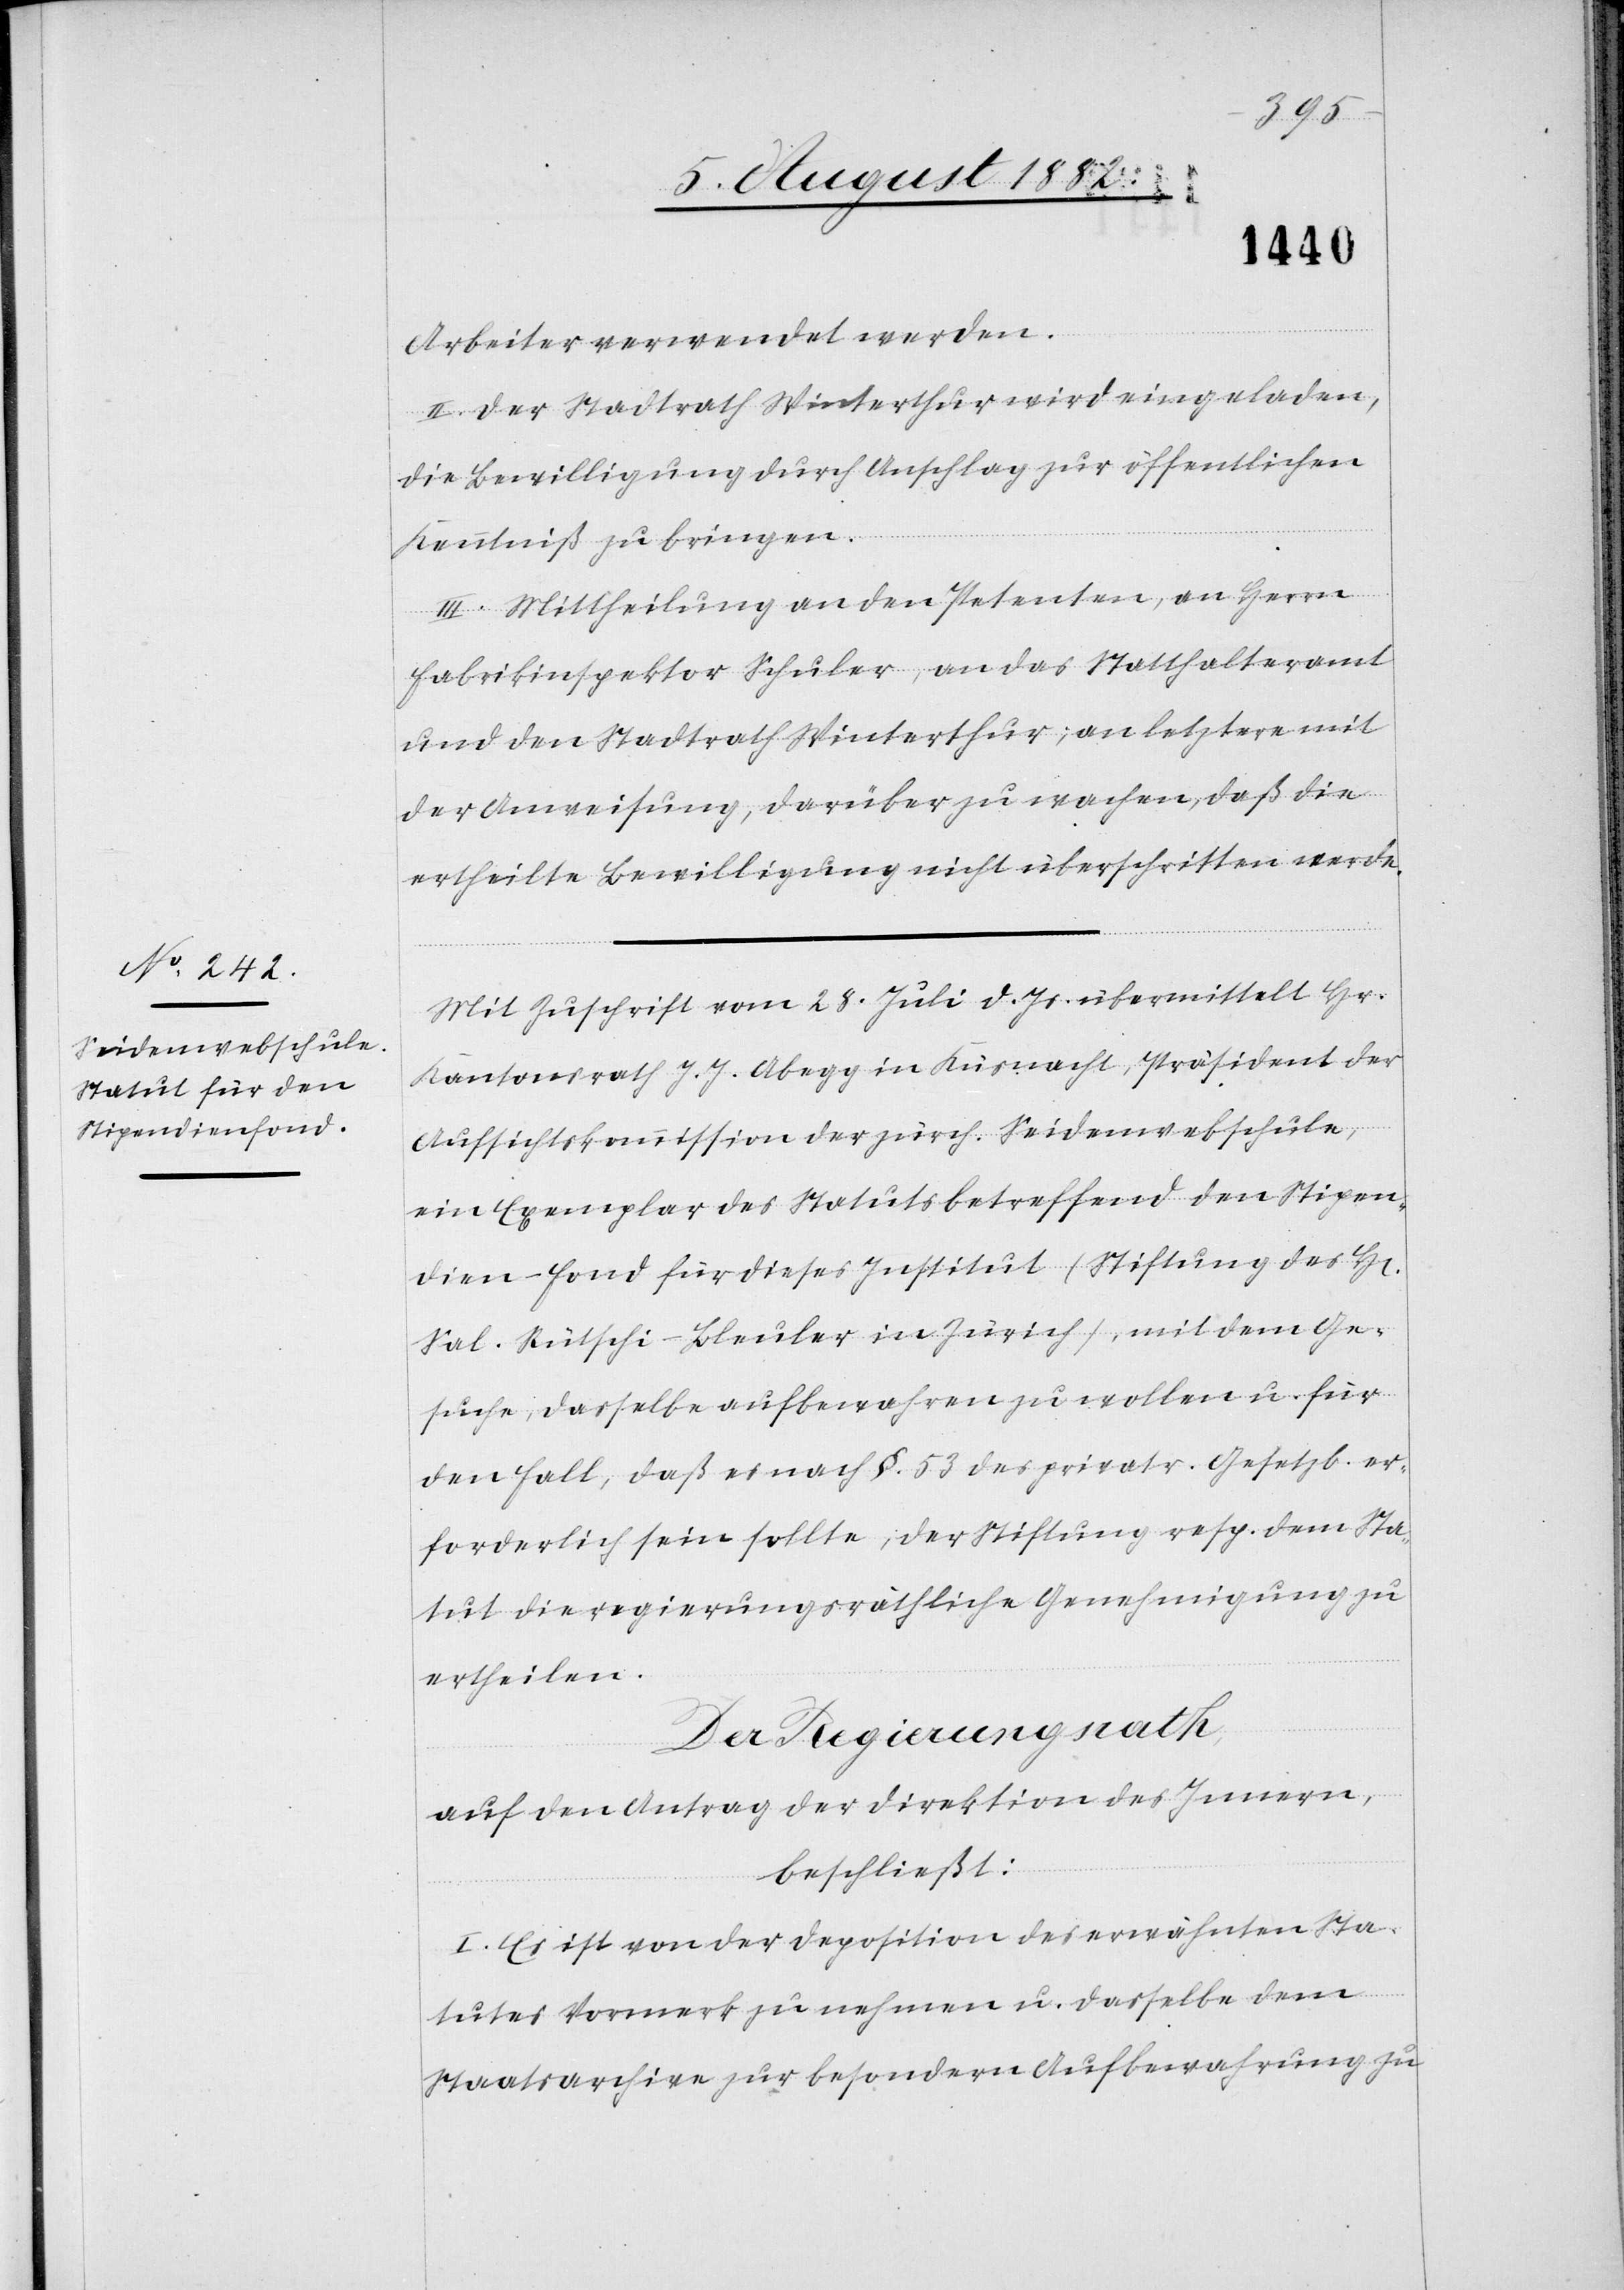
Arbeiter verwendet werden.
II. Der Stadtrath Winterthur wird eingeladen,
die Bewilligung durch Anschlag zur öffentlichen
Kenntniß zu bringen.
III. Mittheilung an den Petenten, an Herrn
Fabrikinspektor Schuler, an das Statthalteramt
und den Stadtrath Winterthur; an letztere mit
der Anweisung, darüber zu wachen, daß die
ertheilte Bewilligung nicht überschritten werde.
Mit Zuschrift vom 28. Juli d. Js. übermittelt Hr.
Kantonsrath J. J. Abegg in Küsnacht, Präsident der
Aufsichtskommission der zürch. Seidenwebschule,
ein Exemplar des Statuts betreffend den Stipen¬
dien-Fond für dieses Institut (Stiftung des H[erren]
Sal. Rütschi-Bleuler in Zürich), mit dem Ge¬
suche, dasselbe aufbewahren zu wollen u. für
den Fall, daß es nach §. 53 des privatr. Gesetzb. er¬
forderlich sein sollte, der Stiftung resp. dem Sta¬
tut die regierungsräthliche Genehmigung zu
ertheilen.
Der Regierungsrath;
auf den Antrag der Direktion des Innern,
beschließt:
I. Es ist von der Deposition des erwähnten Sta¬
tutes Vormerk zu nehmen u. dasselbe dem
Staatsarchive zur besondern Aufbewahrung zu